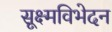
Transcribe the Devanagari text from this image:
सूक्ष्मविभेदन